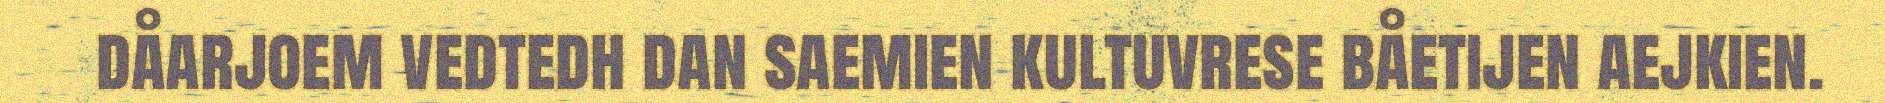
dåarjoem vedtedh dan saemien kultuvrese båetijen aejkien.